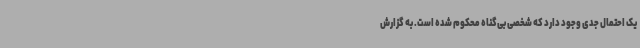
یک احتمال جدی وجود دارد که‌ شخصی بی‌گناه محکوم شده است. به گزارش